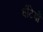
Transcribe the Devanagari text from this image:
घँटियाँ